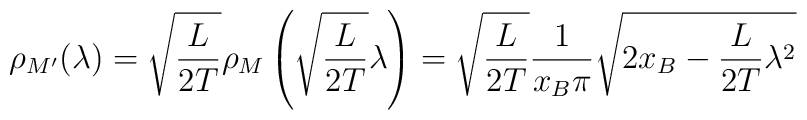
\rho_{M^{\prime } } (\lambda ) = \sqrt{\frac{L}{2T} } \rho_{M} \left( \sqrt{\frac{L}{2T} } \lambda \right) =\sqrt{\frac{L}{2T} } \frac{1}{x_B \pi } \sqrt{2x_B -\frac{L}{2T} \lambda^{2} }